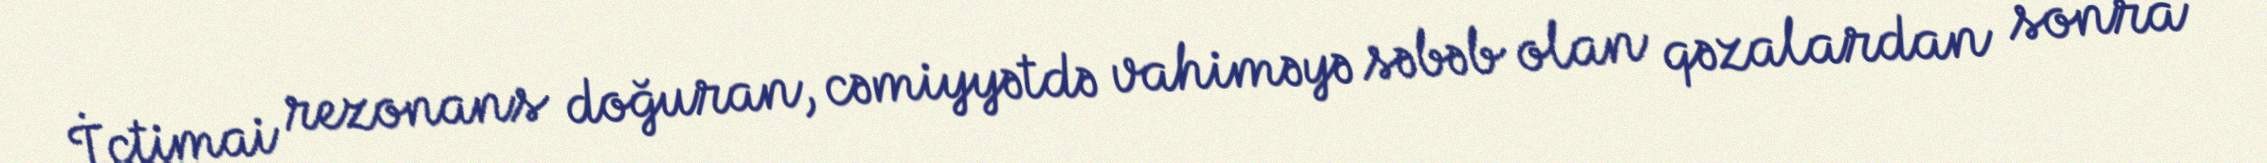
İctimai rezonans doğuran, cəmiyyətdə vahiməyə səbəb olan qəzalardan sonra